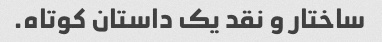
ساختار و نقد یک داستان کوتاه.